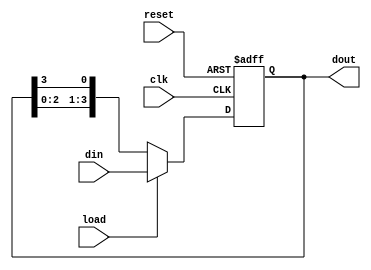
module LoadableRingCounter #(
    parameter N = 4  // Number of bits (flip-flops) in the counter
)(
    input wire clk,          // Clock signal
    input wire reset,        // Asynchronous reset signal
    input wire load,         // Load control signal
    input wire [N-1:0] din,  // Input data to load into the counter
    output reg [N-1:0] dout  // Output of the counter
);

    // Internal signal for the next state
    reg [N-1:0] next_state;

    always @(posedge clk or posedge reset) begin
        if (reset) begin
            dout <= {N{1'b0}}; // Initialize counter to 0 on reset
        end else if (load) begin
            dout <= din; // Load the input value into the counter
        end else begin
            // Ring counter logic: shift left and wrap around
            next_state = {dout[N-2:0], dout[N-1]}; // Shift left
            dout <= next_state; // Update output
        end
    end

endmodule